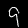
Digit: 9